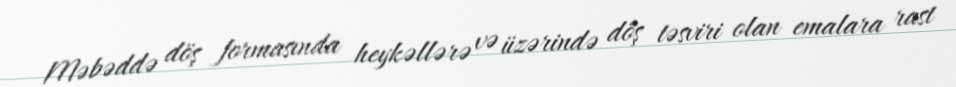
Məbəddə döş formasında heykəllərə və üzərində döş təsviri olan emalara rast